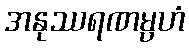
အနုဿရဏမ္ပဟံ